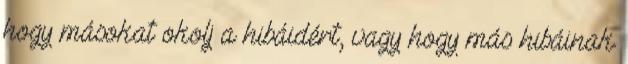
hogy másokat okolj a hibáidért, vagy hogy más hibáinak